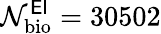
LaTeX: \mathcal{N}_{\mathrm{bio}}^{\sf EI}=30502